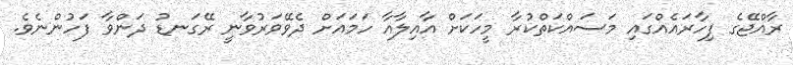
ރާއްޖޭގެ ފިހާރައެއްގައި މަސައްކަތްކުރާ މީހަކަށް އާއިލާއާ ހަމައަށް ދެވޭވަރުވާނީ ރޭގަނޑު ދަންވާ ފަހުންނެވެ.